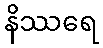
နိဿရေ